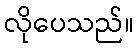
လိုပေသည်။